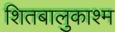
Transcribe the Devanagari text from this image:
शितबालुकाश्म